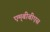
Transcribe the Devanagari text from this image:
एम्‌बीबीएस